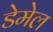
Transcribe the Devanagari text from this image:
डेमेल